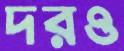
দরও